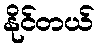
နိုင်တယ်